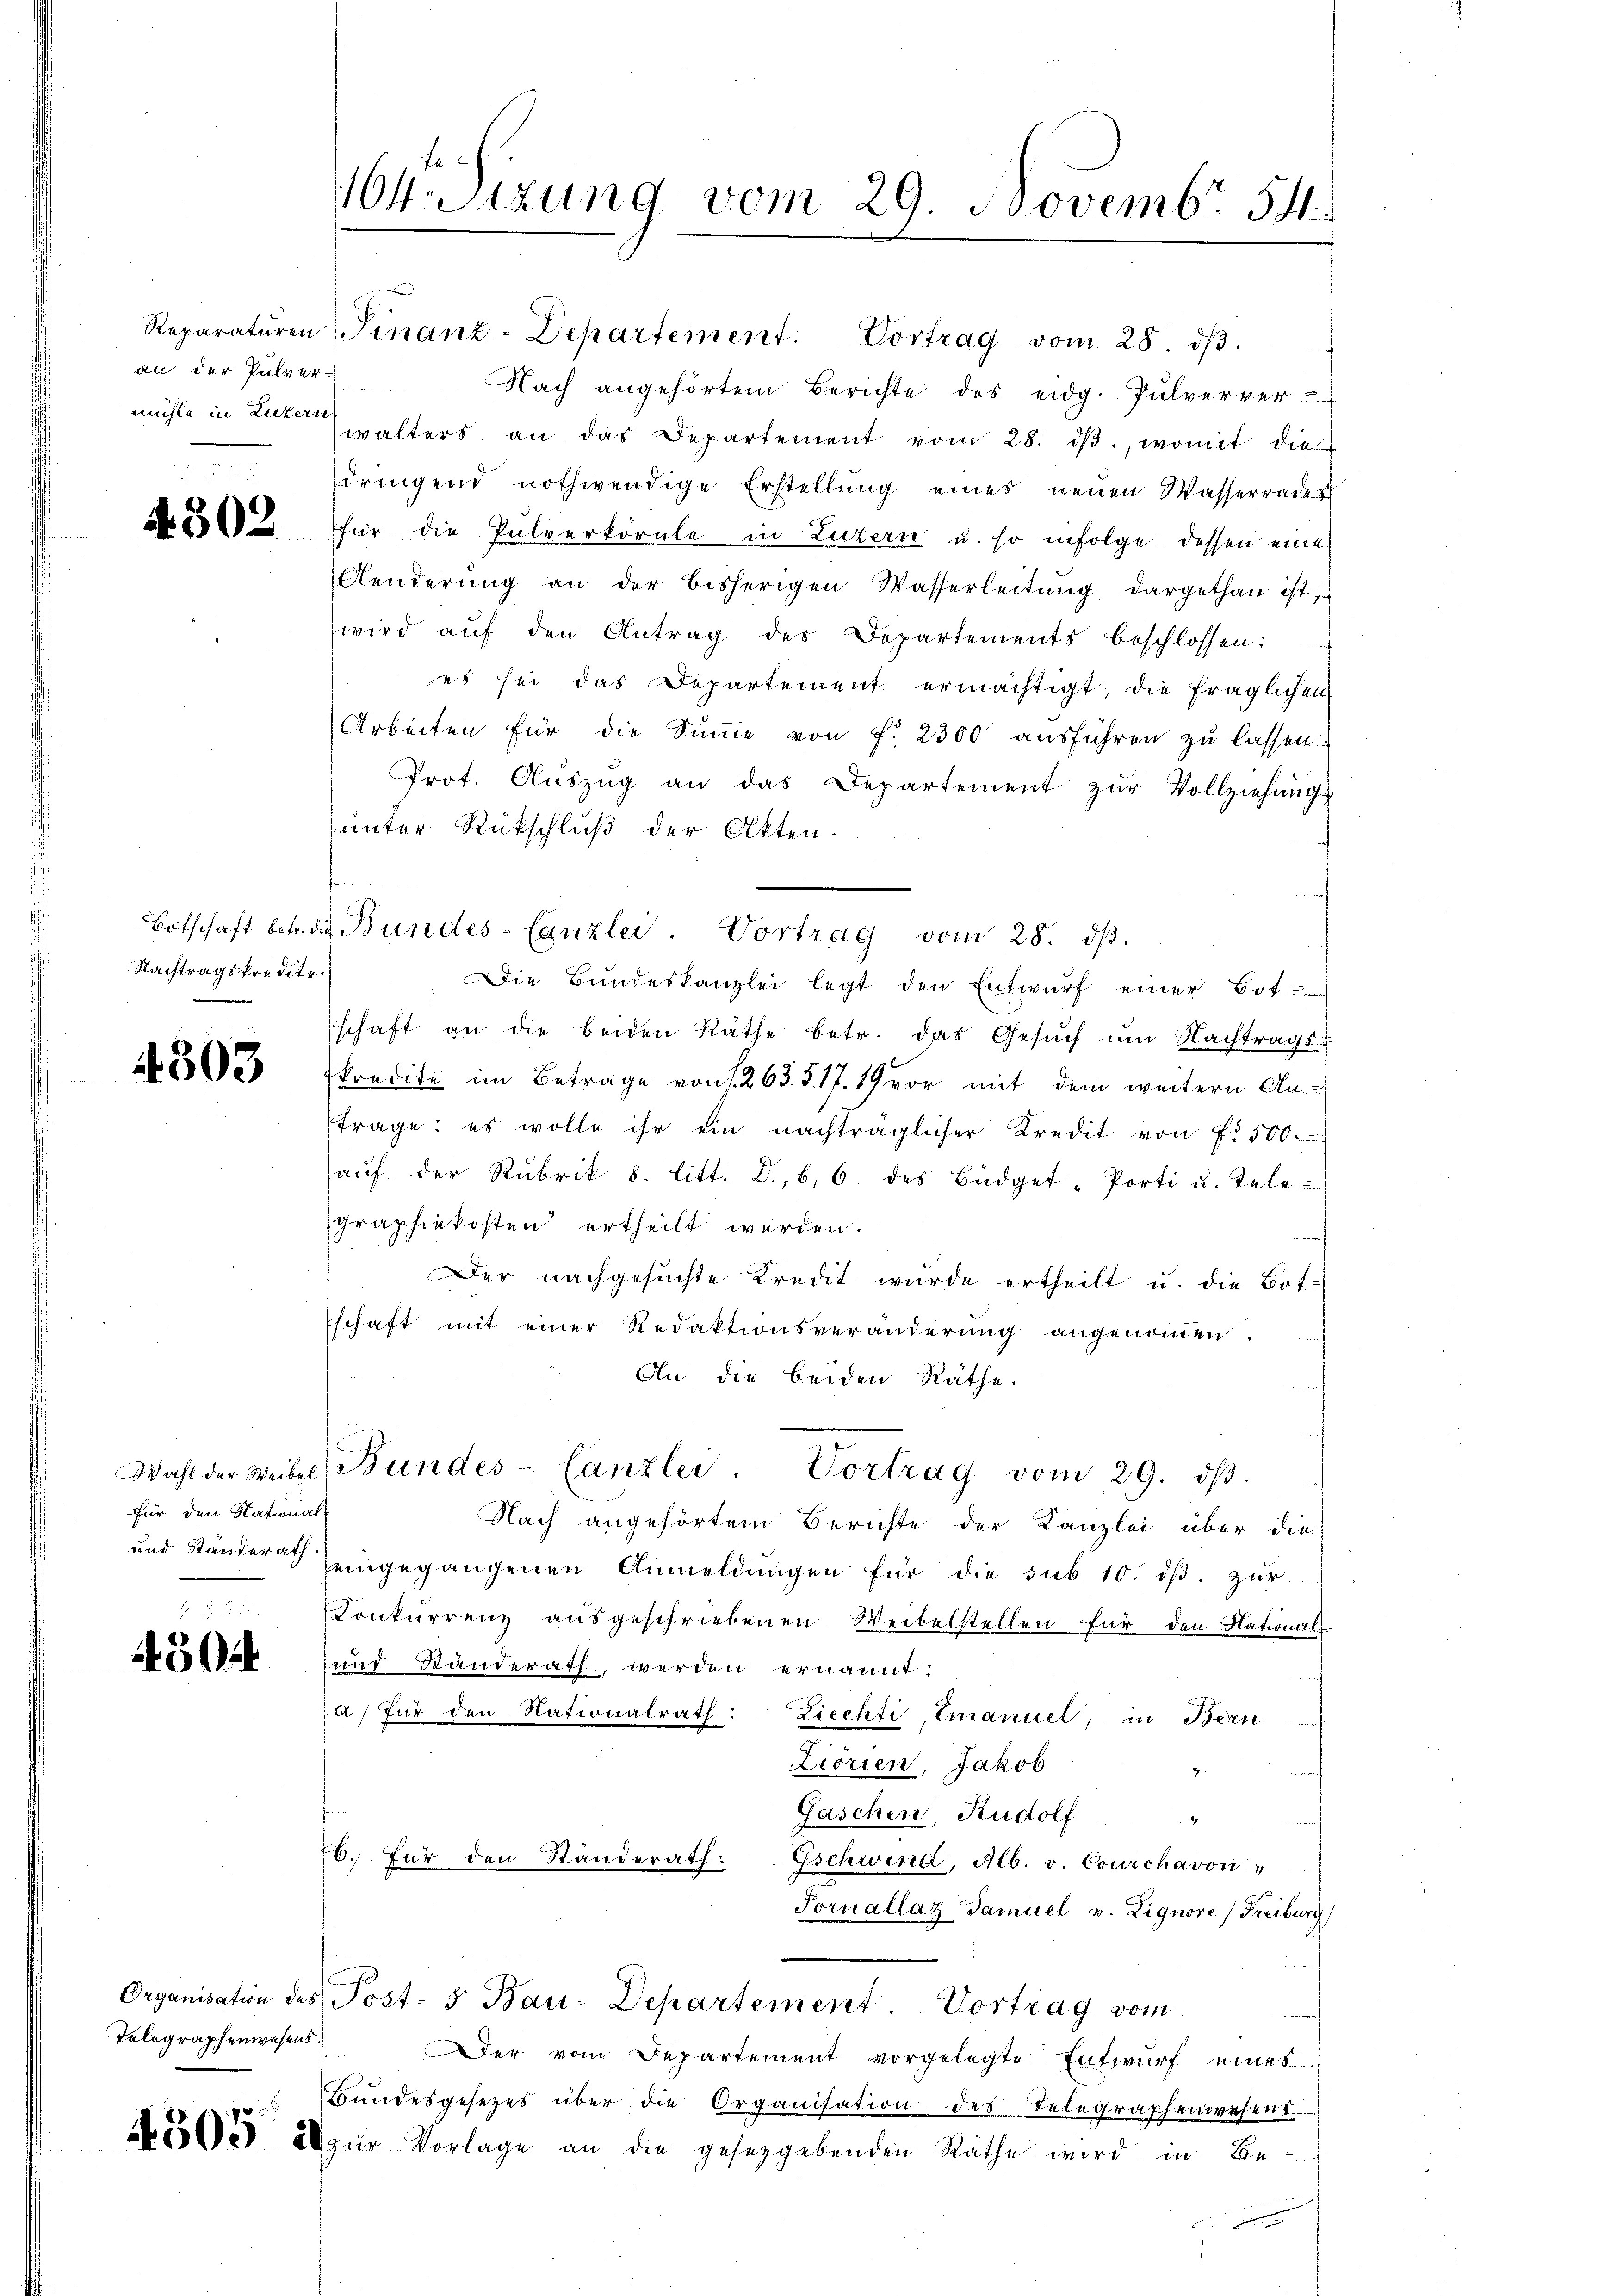
an der Pulver¬
 22
mühle in Luzern

4302

Nachtragskredite.

4303

für den National-

450

Telegraphenwesens.

4sizung vom 29. Novembr 54

Reparaturen Finanz-Departement. Vortrag vom 28. dβ.
Nach angehörtem Berichte des eidg. Pulverver-
walters an das Departement vom 28. dβ. womit die
dringend nothwendige Erstellung eines neuen Wasserrades
für die Pulverkörnle in Luzern u. so infolge dessen eine
Aenderŭng an der bisherigen Wasserleitŭng dargethan ist,
wird aŭf den Antrag des Departements beschlossen:
es sei das Departement ermächtigt, die fraglichen
Arbeiten für die Summe von f. 2300 ausführen zu lassen.
Prot. Aŭszŭg an das Departement zŭr Vollziehung
ŭnter Rückschlŭβ der Akten.
Botschaft betraf Bundes-Canzlei. Vortrag vom 28. dβ.
Die Bŭndeskanzlei legt den Entwŭrf einer Bot
schaft an die beiden Räthe betr. das Gesŭch ŭm Nachtrags-
kredite im Betrage von 1263. §. 17. 19 vor mit dem weitern An-
trage: es wolle ihr ein nachträglicher Kredit von f. 500.
aŭf der Rubrik 8. litt. D., 66 des Büdget-Porti u. Tele
graphiekosten ertheilt werden.
Der nachgesuchte Kredit wurde ertheilt u. die Bot:
schaft mit einer Redaktionsveränderŭng angenoṁen.
An die beiden Räthe.
Wahl der Weibel, Bundes-Canzlei. Vortrag vom 29. dβ.
Nach angehörtem Berichte der Kanzlei über die
und Ständer eingegangenen Anmeldungen für die sub 10. dβ. zur
Konkurrenz aŭsgeschriebenen Weibelstellen für den National-
und Ständerath, werden ernannt:
a) für den Nationalrath: Ziechti, Emanuel, in Bern
Liorien, Jakob
Gaschen, Rudolf "
76. Für den Standerath: Gschwind, Alb. v. Courchavon,
Fornallat damitel v. Lignore (Freiburg
Organisation des Post- 5 Bau-Departement. Vortrag vom
s
Der vom Departement vorgelegte Entwurf eines
Bundesgesetzes über die Organisation des Telegraphenwesens
505 u zŭr Vorlage an die gesetzgebenden Räthe wird in Be-